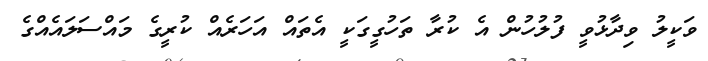
ވަކީލު ވިދާޅުވީ ފުލުހުން އެ ކުރާ ތަހުގީގަކީ އެތައް އަހަރެއް ކުރީގެ މައްސަލައެއްގެ